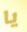
يا